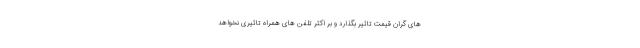
های گران قیمت تاثیر بگذارد و بر اکثر تلفن های همراه تاثیری نخواهد